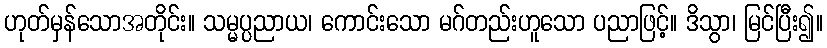
ဟုတ်မှန်သောအတိုင်း။ သမ္မပ္ပညာယ၊ ကောင်းသော မဂ်တည်းဟူသော ပညာဖြင့်။ ဒိသွာ၊ မြင်ပြီး၍။